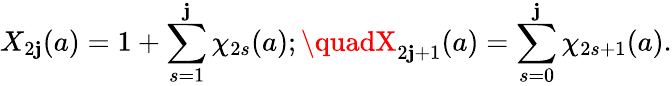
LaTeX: X_{2\mathbf{j}}(a)=1+\sum_{s=1}^{\mathbf{j}}\chi_{2s}(a);\quadX_{2\mathbf{j}+1}(a)=\sum_{s=0}^{\mathbf{j}}\chi_{2s+1}(a).